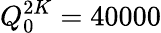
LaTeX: Q_{0}^{2K}=40000